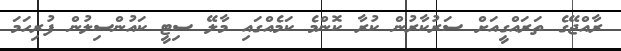
ރާއްޖޭގެ ތަރައްގީއަށް ސަރުކާރުން ކުރާ ކޮންމެ ކަމެއްގައި މާލޭ ސިޓީ ކައުންސިލުން ފުރިހަމަ